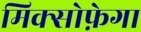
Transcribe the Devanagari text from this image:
मिक्सोफ़ेगा